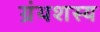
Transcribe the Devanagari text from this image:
ग्रंथशस्य